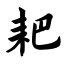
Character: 耙